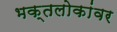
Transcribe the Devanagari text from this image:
भक्तलोकांवर